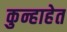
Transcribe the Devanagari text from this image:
कुन्हाहेत